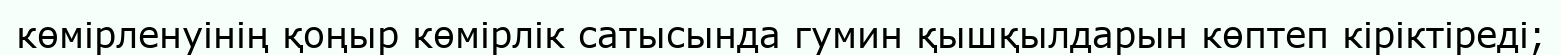
көмірленуінің қоңыр көмірлік сатысында гумин қышқылдарын көптеп кіріктіреді;